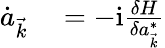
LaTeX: \begin{array}{rl}{\dot{a}_{\vec{k}}}&{{}=-\mathrm i\frac{\delta H}{\delta a_{\vec{k}}^{*}}}\end{array}